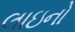
લાઇનો